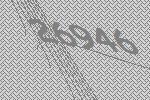
26946